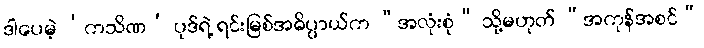
ဒါပေမဲ့ ‘ကသိဏ’ ပုဒ်ရဲ့ ရင်းမြစ်အဓိပ္ပာယ်က “အလုံးစုံ” သို့မဟုတ် “အကုန်အစင်”